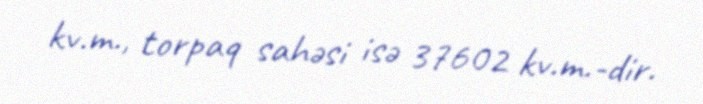
kv.m., torpaq sahəsi isə 37602 kv.m.-dir.